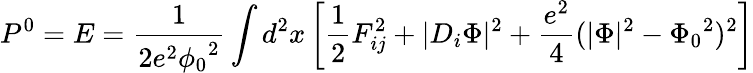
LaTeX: P^{0}=E=\frac{1}{2e^{2}{\phi_{0}}^{2}}\int d^{2}x\left[\frac{1}{2}F_{ij}^{2}+\vert D_{i}\Phi\vert^{2}+\frac{e^{2}}{4}(\vert\Phi\vert^{2}-{\Phi_{0}}^{2})^{2}\right]